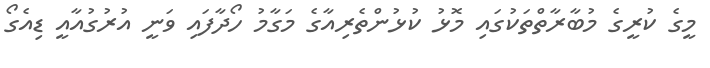
މީގެ ކުރީގެ މުބާރާތްތަކުގައި މޮޅު ކުޅުންތެރިއާގެ މަގާމު ހޯދާފައި ވަނީ އުރުގުއާއީ ޑިއެގޯ